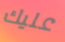
عليك